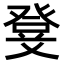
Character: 𭽃